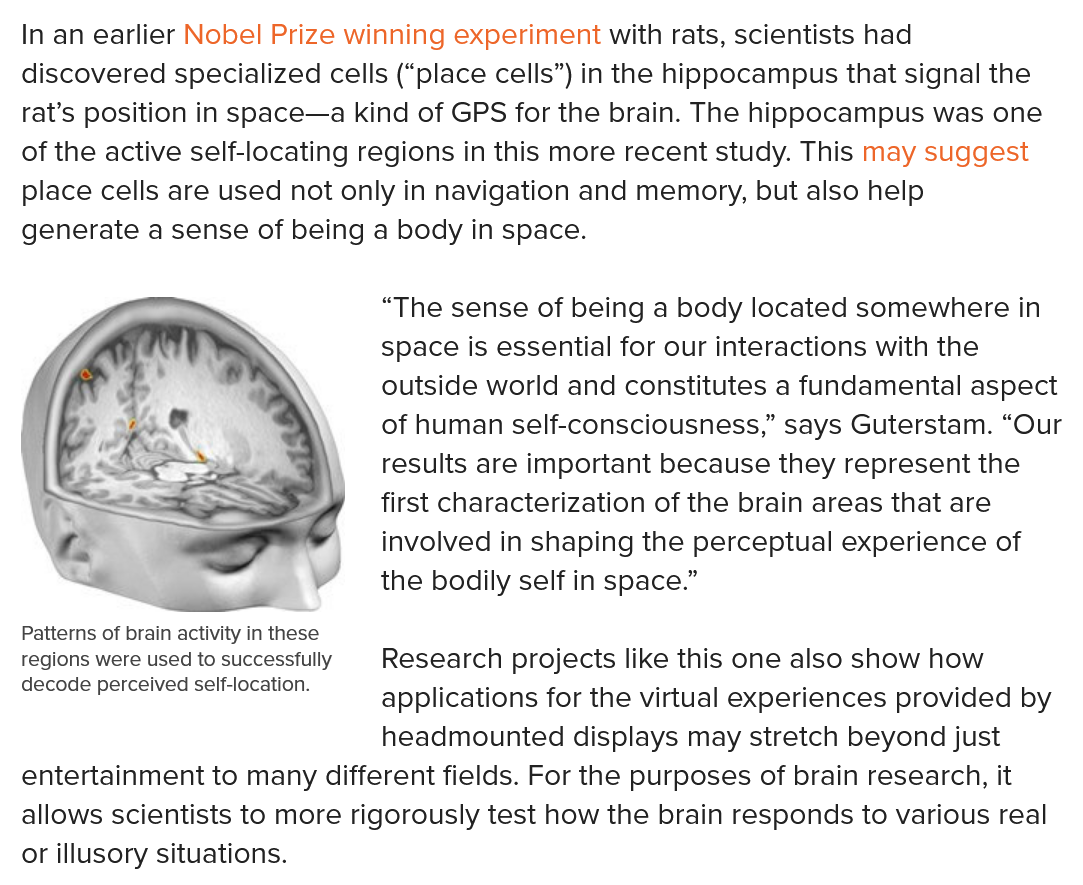
In an earlier Nobel Prize winning experiment with rats, scientists had
  discovered specialized cells (“place cells”) in the hippocampus that signal the
  rat’s position in space—a kind of GPS for the brain. The hippocampus was one
  of the active self-locating regions in this more recent study. This may suggest
  place cells are used not only in navigation and memory, but also help
  generate a sense of being a body in space.
  Patterns of brain activity in these
  regions were used to successfully
  decode perceived self-location.
     “The sense of being a body located somewhere in
     space is essential for our interactions with the
     outside world and constitutes a fundamental aspect
     of human self-consciousness,” says Guterstam. “Our
     results are important because they represent the
     first characterization of the brain areas that are
     involved in shaping the perceptual experience of
     the bodily self in space.”
  regions were used to successfully Research projects like this one also show how
  decode perceived self-location.
     .  .    +    .    .
     applications for the virtual experiences provided by
     headmounted  displays may stretch beyond just
  entertainment to many different fields. For the purposes of brain research, it
  allows scientists to more rigorously test how the brain responds to various real
  or illusory situations.